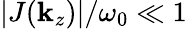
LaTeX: |J(\mathbf{k}_{z})|/\omega_{0}\ll1